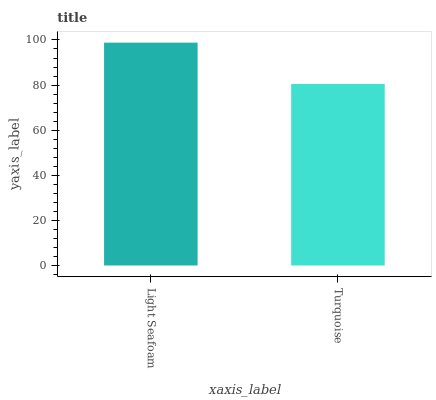
| xaxis_label | bars |
 | --- | --- |
 | Light Seafoam | 98.8 |
 | Turquoise | 80.5 |